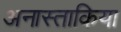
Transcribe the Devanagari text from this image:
अनास्ताकिया